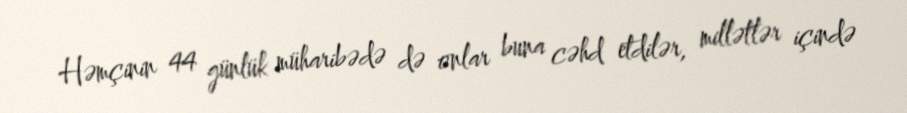
Həmçinin 44 günlük müharibədə də onlar buna cəhd etdilər, millətlər içində